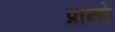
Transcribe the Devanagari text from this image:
प्रानो